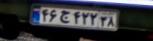
۴۶ج۴۲۲۳۸